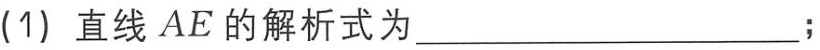
(1) 直线\(AE\)的解析式为____________________；